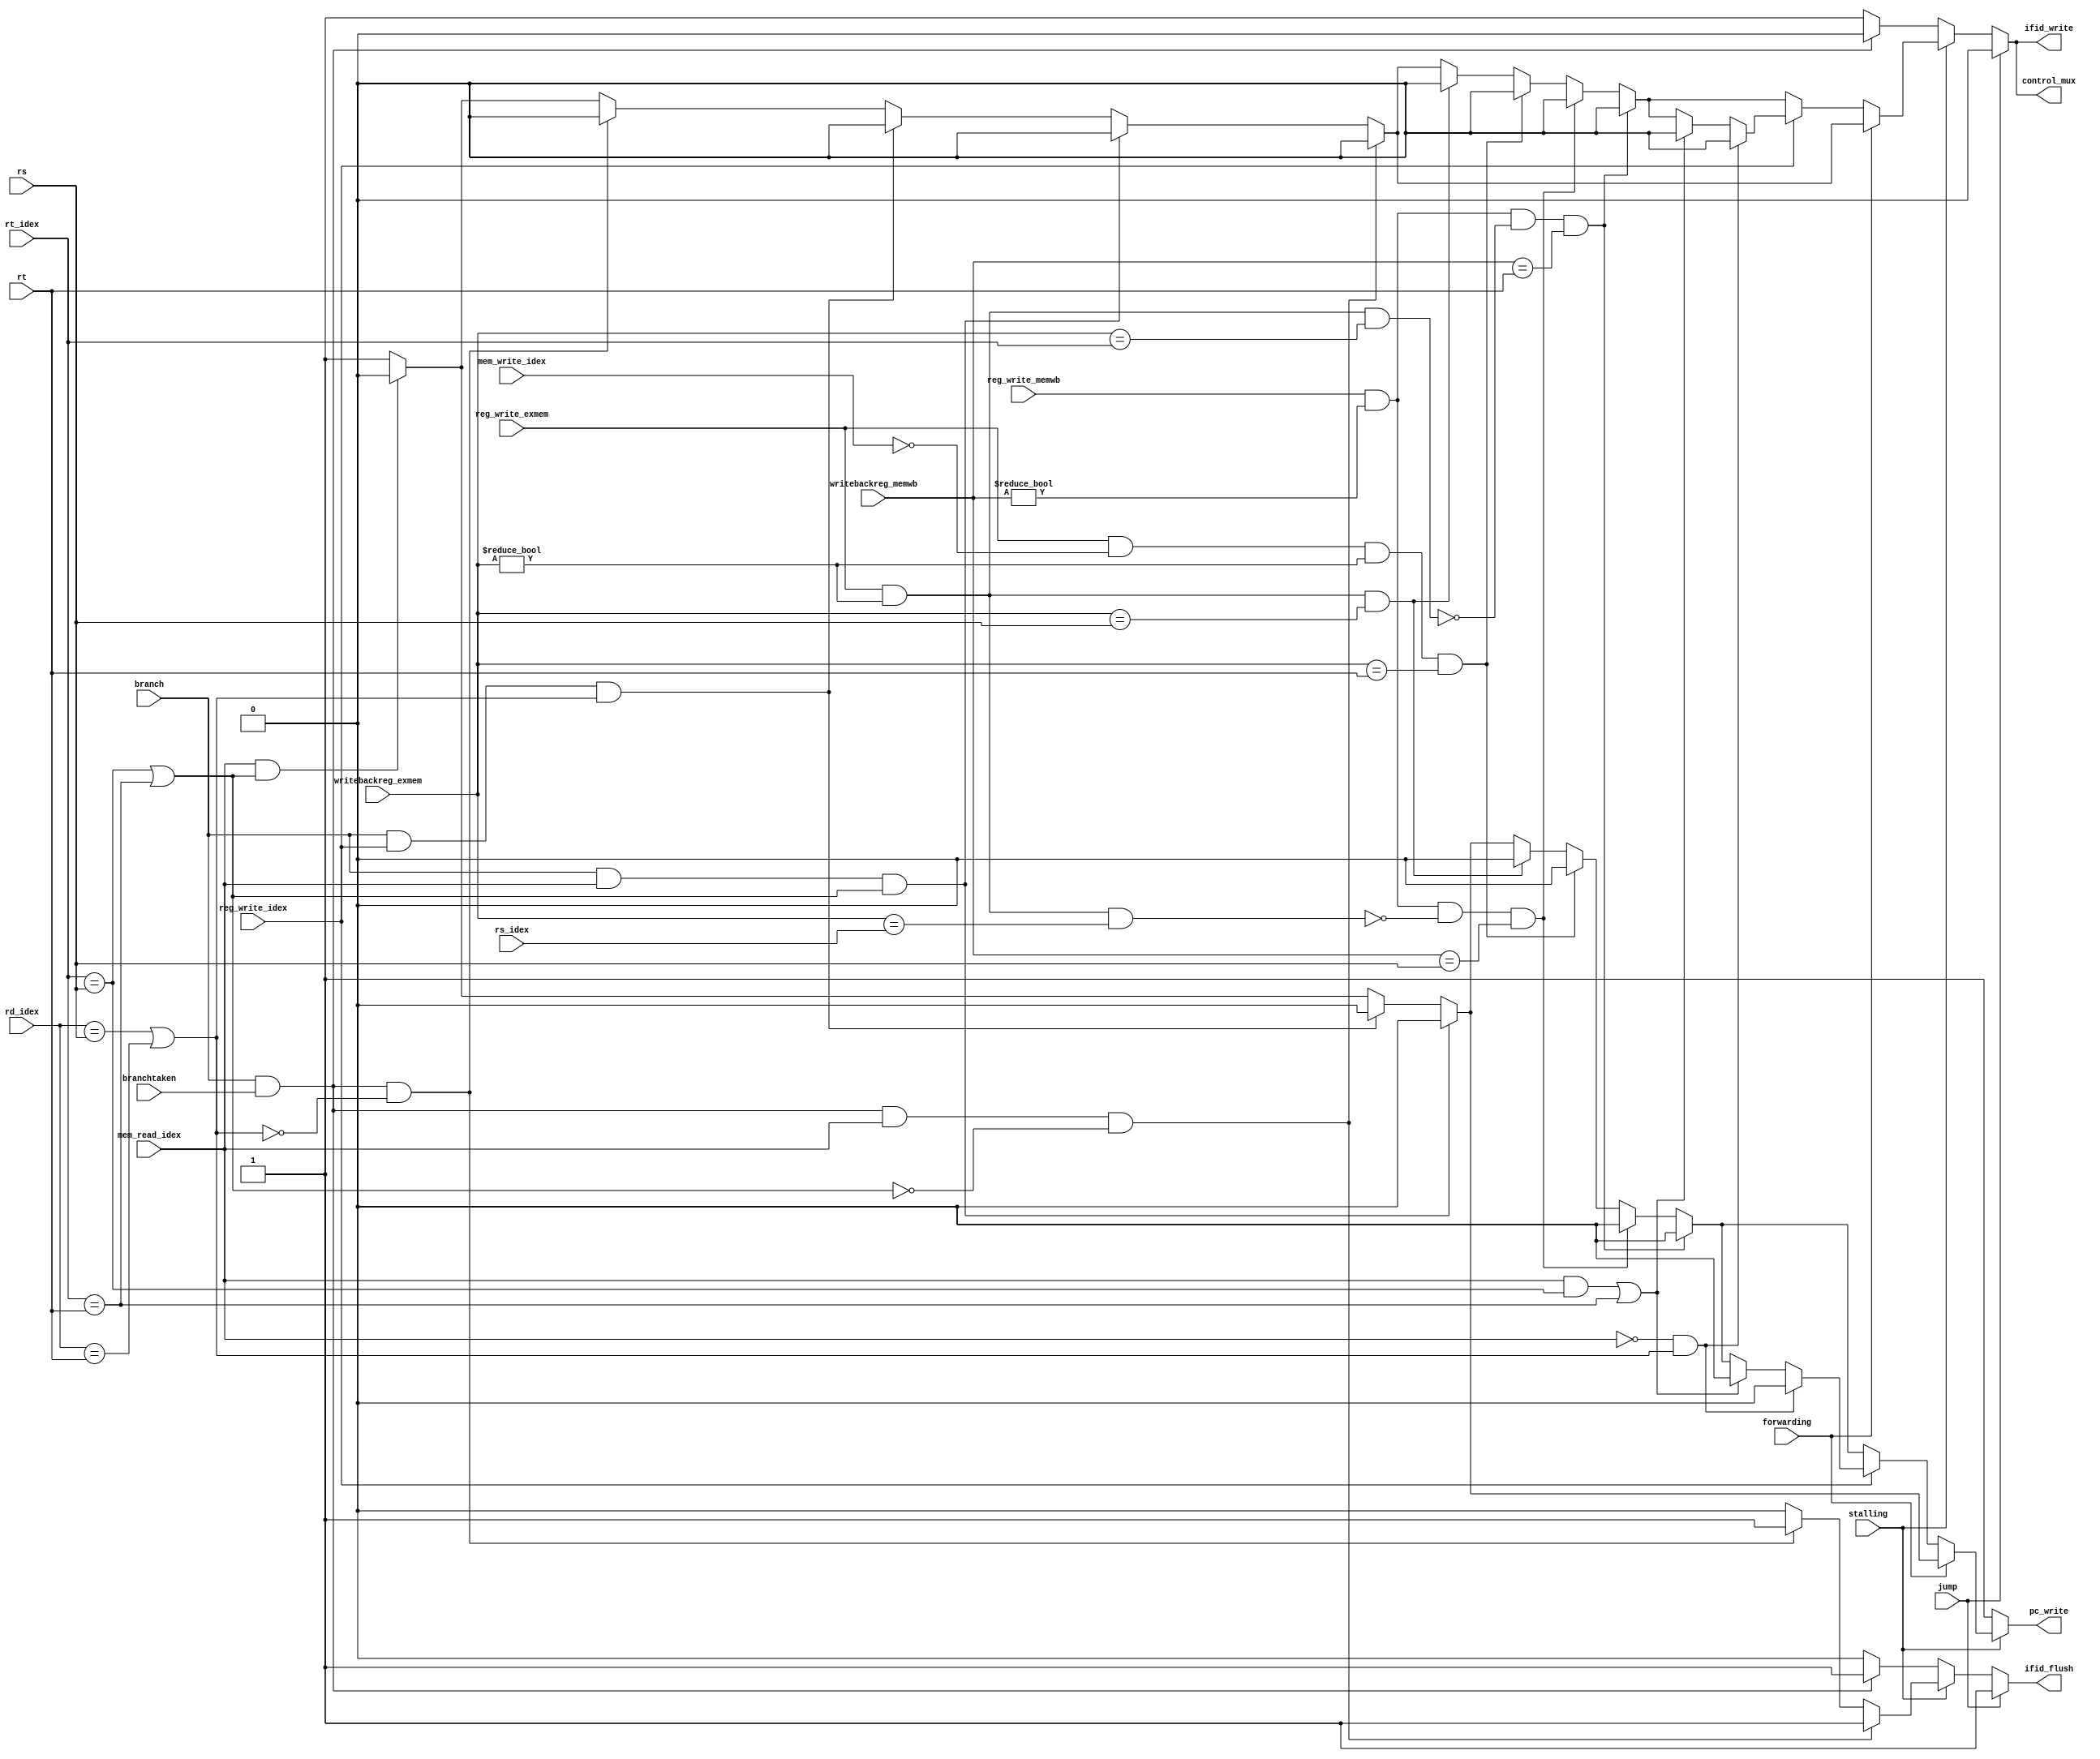
`timescale 1ns / 1ps

module hazard_detection_unit(
	input stalling,
	 input forwarding,
    input [4:0] rs,
    input [4:0] rt,
    input [4:0] rt_idex,
	 input [4:0] rd_idex,
	 input reg_write_exmem,
	 input reg_write_memwb,
	 input [4:0] writebackreg_exmem,
	 input mem_write_idex,
	 input [4:0]writebackreg_memwb,
	 input [4:0]rs_idex,
    input mem_read_idex,
    input branch,
    input branchtaken,
	 input reg_write_idex,
	 input jump,
    output reg pc_write,
    output reg ifid_write,
    output reg control_mux,
    output reg ifid_flush
);
    always @(*) begin
	 
        // Default values
        pc_write = 1;
        ifid_write = 1;
        control_mux = 1;
        ifid_flush = 0;
		if(stalling)begin
			  // Load-use hazard detection
			  if (mem_read_idex && ((rt_idex == rs) || (rt_idex == rt))) begin
					pc_write = 0;
					ifid_write = 0;
					control_mux = 0; // Select NOP for control signals
			  end

			  // Branch taken hazard detection
			  if (branch && branchtaken && !((rd_idex == rs) || (rd_idex == rt))) begin
					ifid_write = 0;
					ifid_flush = 1;
					control_mux = 0;
			  end

			  // Branch with dependency hazard detection
			  if (branch && reg_write_idex && ((rd_idex == rs) || (rd_idex == rt))) begin
					pc_write = 0;
					ifid_write = 0;
					control_mux = 0;
			  end
			  if (branch && mem_read_idex && ((rt_idex == rs) || (rt_idex == rt))) begin
					pc_write = 0;
					ifid_write = 0;
					control_mux = 0;
			  end
			  
				if (branch && branchtaken && mem_read_idex && !((rt_idex == rs) || (rt_idex == rt))) begin
					ifid_write = 0;
					ifid_flush = 1;
					control_mux = 0;
			  end
			  if(!forwarding)begin
					if (reg_write_exmem  &&(writebackreg_exmem != 5'b00000) && (writebackreg_exmem == rs))begin
						pc_write = 0;
						ifid_write = 0;
						control_mux = 0;
					end	
					if (reg_write_exmem && !(mem_write_idex) &&(writebackreg_exmem != 5'b00000) && (writebackreg_exmem == rt))begin
						pc_write = 0;
						ifid_write = 0;
						control_mux = 0;
					end
					if (reg_write_memwb && (writebackreg_memwb != 5'b00000) && !(reg_write_exmem && (writebackreg_exmem != 5'b00000) && (writebackreg_exmem == rs_idex)) && (writebackreg_memwb == rs))begin
						pc_write = 0;
						ifid_write = 0;
						control_mux = 0;
					end	
					if (reg_write_memwb && (writebackreg_memwb != 5'b00000) && !(reg_write_exmem && (writebackreg_exmem != 5'b00000) && (writebackreg_exmem == rt_idex)) && (writebackreg_memwb == rt))begin
						pc_write = 0;
						ifid_write = 0;
						control_mux = 0;
					end
					if(reg_write_idex)begin
						if(mem_read_idex && (rt_idex==rs)||(rt_idex==rt) )begin
							pc_write = 0;
							ifid_write = 0;
							control_mux = 0;
						end
						if( !(mem_read_idex)&&((rd_idex==rs)||(rd_idex==rt)) )begin
							pc_write = 0;
							ifid_write = 0;
							control_mux = 0;
						end
					end	
			  end
		 end 
		 else begin
			if(branch&&branchtaken)begin
				ifid_write = 0;
            ifid_flush = 1;
            control_mux = 0;
			end
		 
		 end
		  if(jump)begin
				ifid_write = 0;
            ifid_flush = 1;
            control_mux = 0;
		  end
    end

endmodule